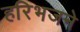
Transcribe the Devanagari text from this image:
हरिभजने